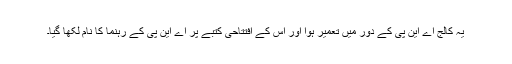
یہ کالج اے این پی کے دور میں تعمیر ہوا اور اس کے افتتاحی کتبے پر اے این پی کے رہنما کا نام لکھا گیا۔